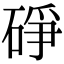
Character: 碀